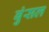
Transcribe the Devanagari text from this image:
बुंसल